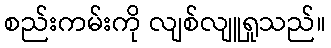
စည်းကမ်းကို လျစ်လျူရှုသည်။